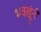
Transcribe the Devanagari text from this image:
भक्खूंनी